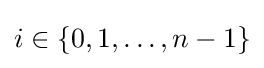
i\in \{0,1,\ldots ,n-1\}